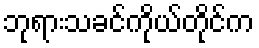
ဘုရားသခင်ကိုယ်တိုင်က